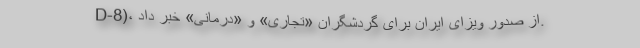
D-8)، از صدور ویزای ایران برای گردشگران «تجاری» و «درمانی» خبر داد.